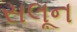
સલૂન